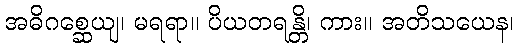
အဓိဂစ္ဆေယျ၊ မရရာ။ ပိယတရန္တိ၊ ကား။ အတိသယေန၊